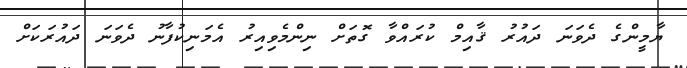
ޔާމީންގެ ދެވަނަ ދައުރު ޤާއިމް ކުރައްވާ ގޮތަށް ނިންމެވިއިރު އެމަނިކުފާނު ދެވަނަ ދައުރަކަށް